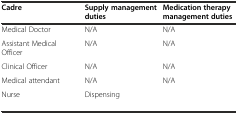
<table><thead><tr><td><b>Cadre</b></td><td><b>Supply management duties</b></td><td><b>Medication therapy management duties</b></td></tr></thead><tbody><tr><td>Medical Doctor</td><td>N/A</td><td>N/A</td></tr><tr><td>Assistant Medical Officer</td><td>N/A</td><td>N/A</td></tr><tr><td>Clinical Officer</td><td>N/A</td><td>N/A</td></tr><tr><td>Medical attendant</td><td>N/A</td><td>N/A</td></tr><tr><td>Nurse</td><td>Dispensing</td><td>[EMPTY_CELL]</td></tr></tbody></table>